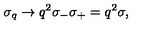
\sigma _ { q } \rightarrow q ^ { 2 } \sigma _ { - } \sigma _ { + } = q ^ { 2 } \sigma ,